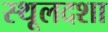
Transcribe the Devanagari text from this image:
स्थूलदशा